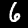
Label: 6